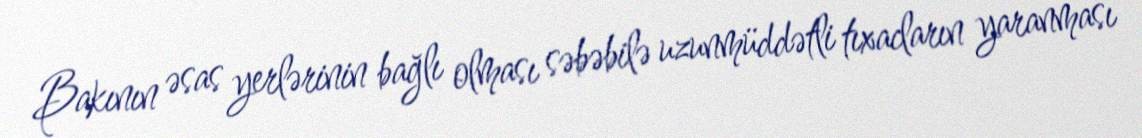
Bakının əsas yerlərinin bağlı olması səbəbilə uzunmüddətli tıxacların yaranması